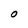
Character: o